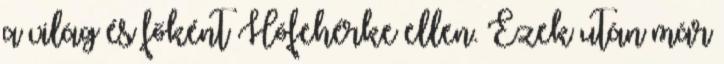
a világ és főként Hófehérke ellen. Ezek után már